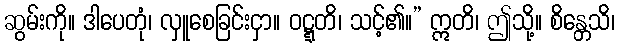
ဆွမ်းကို။ ဒါပေတုံ၊ လှူစေခြင်းငှာ။ ဝဋ္ဋတိ၊ သင့်၏။” ဣတိ၊ ဤသို့။ စိန္တေသိ၊